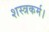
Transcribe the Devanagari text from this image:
शस्त्रकर्म।